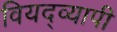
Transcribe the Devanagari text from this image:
वियद्व्यापी